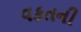
વકતની